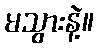
မသွားနဲ့။